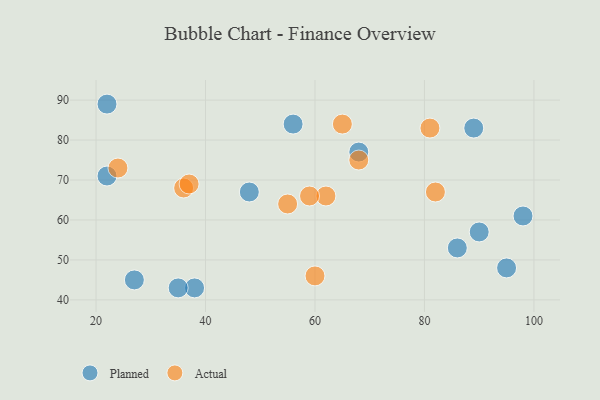
{"axis": {"x": "GDP", "y": "Life Expectancy"}, "legend": ["Actual", "Planned"], "data": [{"x": "68", "y": 77, "type": "Planned"}, {"x": "86", "y": 53, "type": "Planned"}, {"x": "22", "y": 71, "type": "Planned"}, {"x": "38", "y": 43, "type": "Planned"}, {"x": "95", "y": 48, "type": "Planned"}, {"x": "98", "y": 61, "type": "Planned"}, {"x": "27", "y": 45, "type": "Planned"}, {"x": "56", "y": 84, "type": "Planned"}, {"x": "89", "y": 83, "type": "Planned"}, {"x": "22", "y": 89, "type": "Planned"}, {"x": "90", "y": 57, "type": "Planned"}, {"x": "48", "y": 67, "type": "Planned"}, {"x": "35", "y": 43, "type": "Planned"}, {"x": "62", "y": 66, "type": "Actual"}, {"x": "65", "y": 84, "type": "Actual"}, {"x": "59", "y": 66, "type": "Actual"}, {"x": "24", "y": 73, "type": "Actual"}, {"x": "36", "y": 68, "type": "Actual"}, {"x": "60", "y": 46, "type": "Actual"}, {"x": "68", "y": 75, "type": "Actual"}, {"x": "81", "y": 83, "type": "Actual"}, {"x": "37", "y": 69, "type": "Actual"}, {"x": "55", "y": 64, "type": "Actual"}, {"x": "82", "y": 67, "type": "Actual"}]}